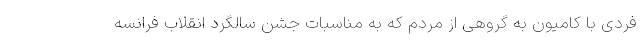
فردی با کامیون به گروهی از مردم که به مناسبات جشن سالگرد انقلاب فرانسه